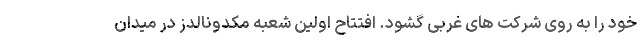
خود را به روی شرکت های غربی گشود. افتتاح اولین شعبه مکدونالدز در میدان